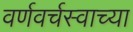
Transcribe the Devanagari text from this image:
वर्णवर्चस्वाच्या